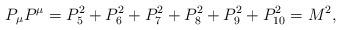
LaTeX: \begin{align*}P_\mu P^\mu = P_5^2+P_6^2+P_7^2+P_8^2+P_9^2+P_{10}^2=M^2 , \end{align*}